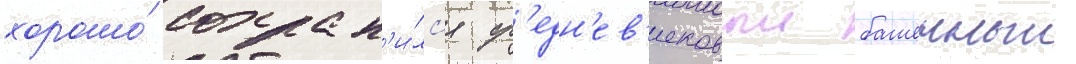
хорошо́ сохран'и́лс'я ср'едн'ев'ековыи башенныи